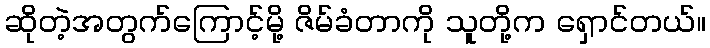
ဆိုတဲ့အတွက်ကြောင့်မို့ ဇိမ်ခံတာကို သူတို့က ရှောင်တယ်။